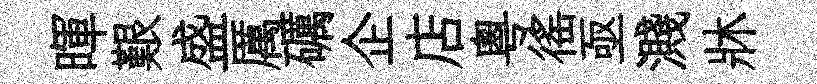
暉艱盛厲礪企店粵徭亟濺牀